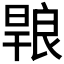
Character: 𭧄